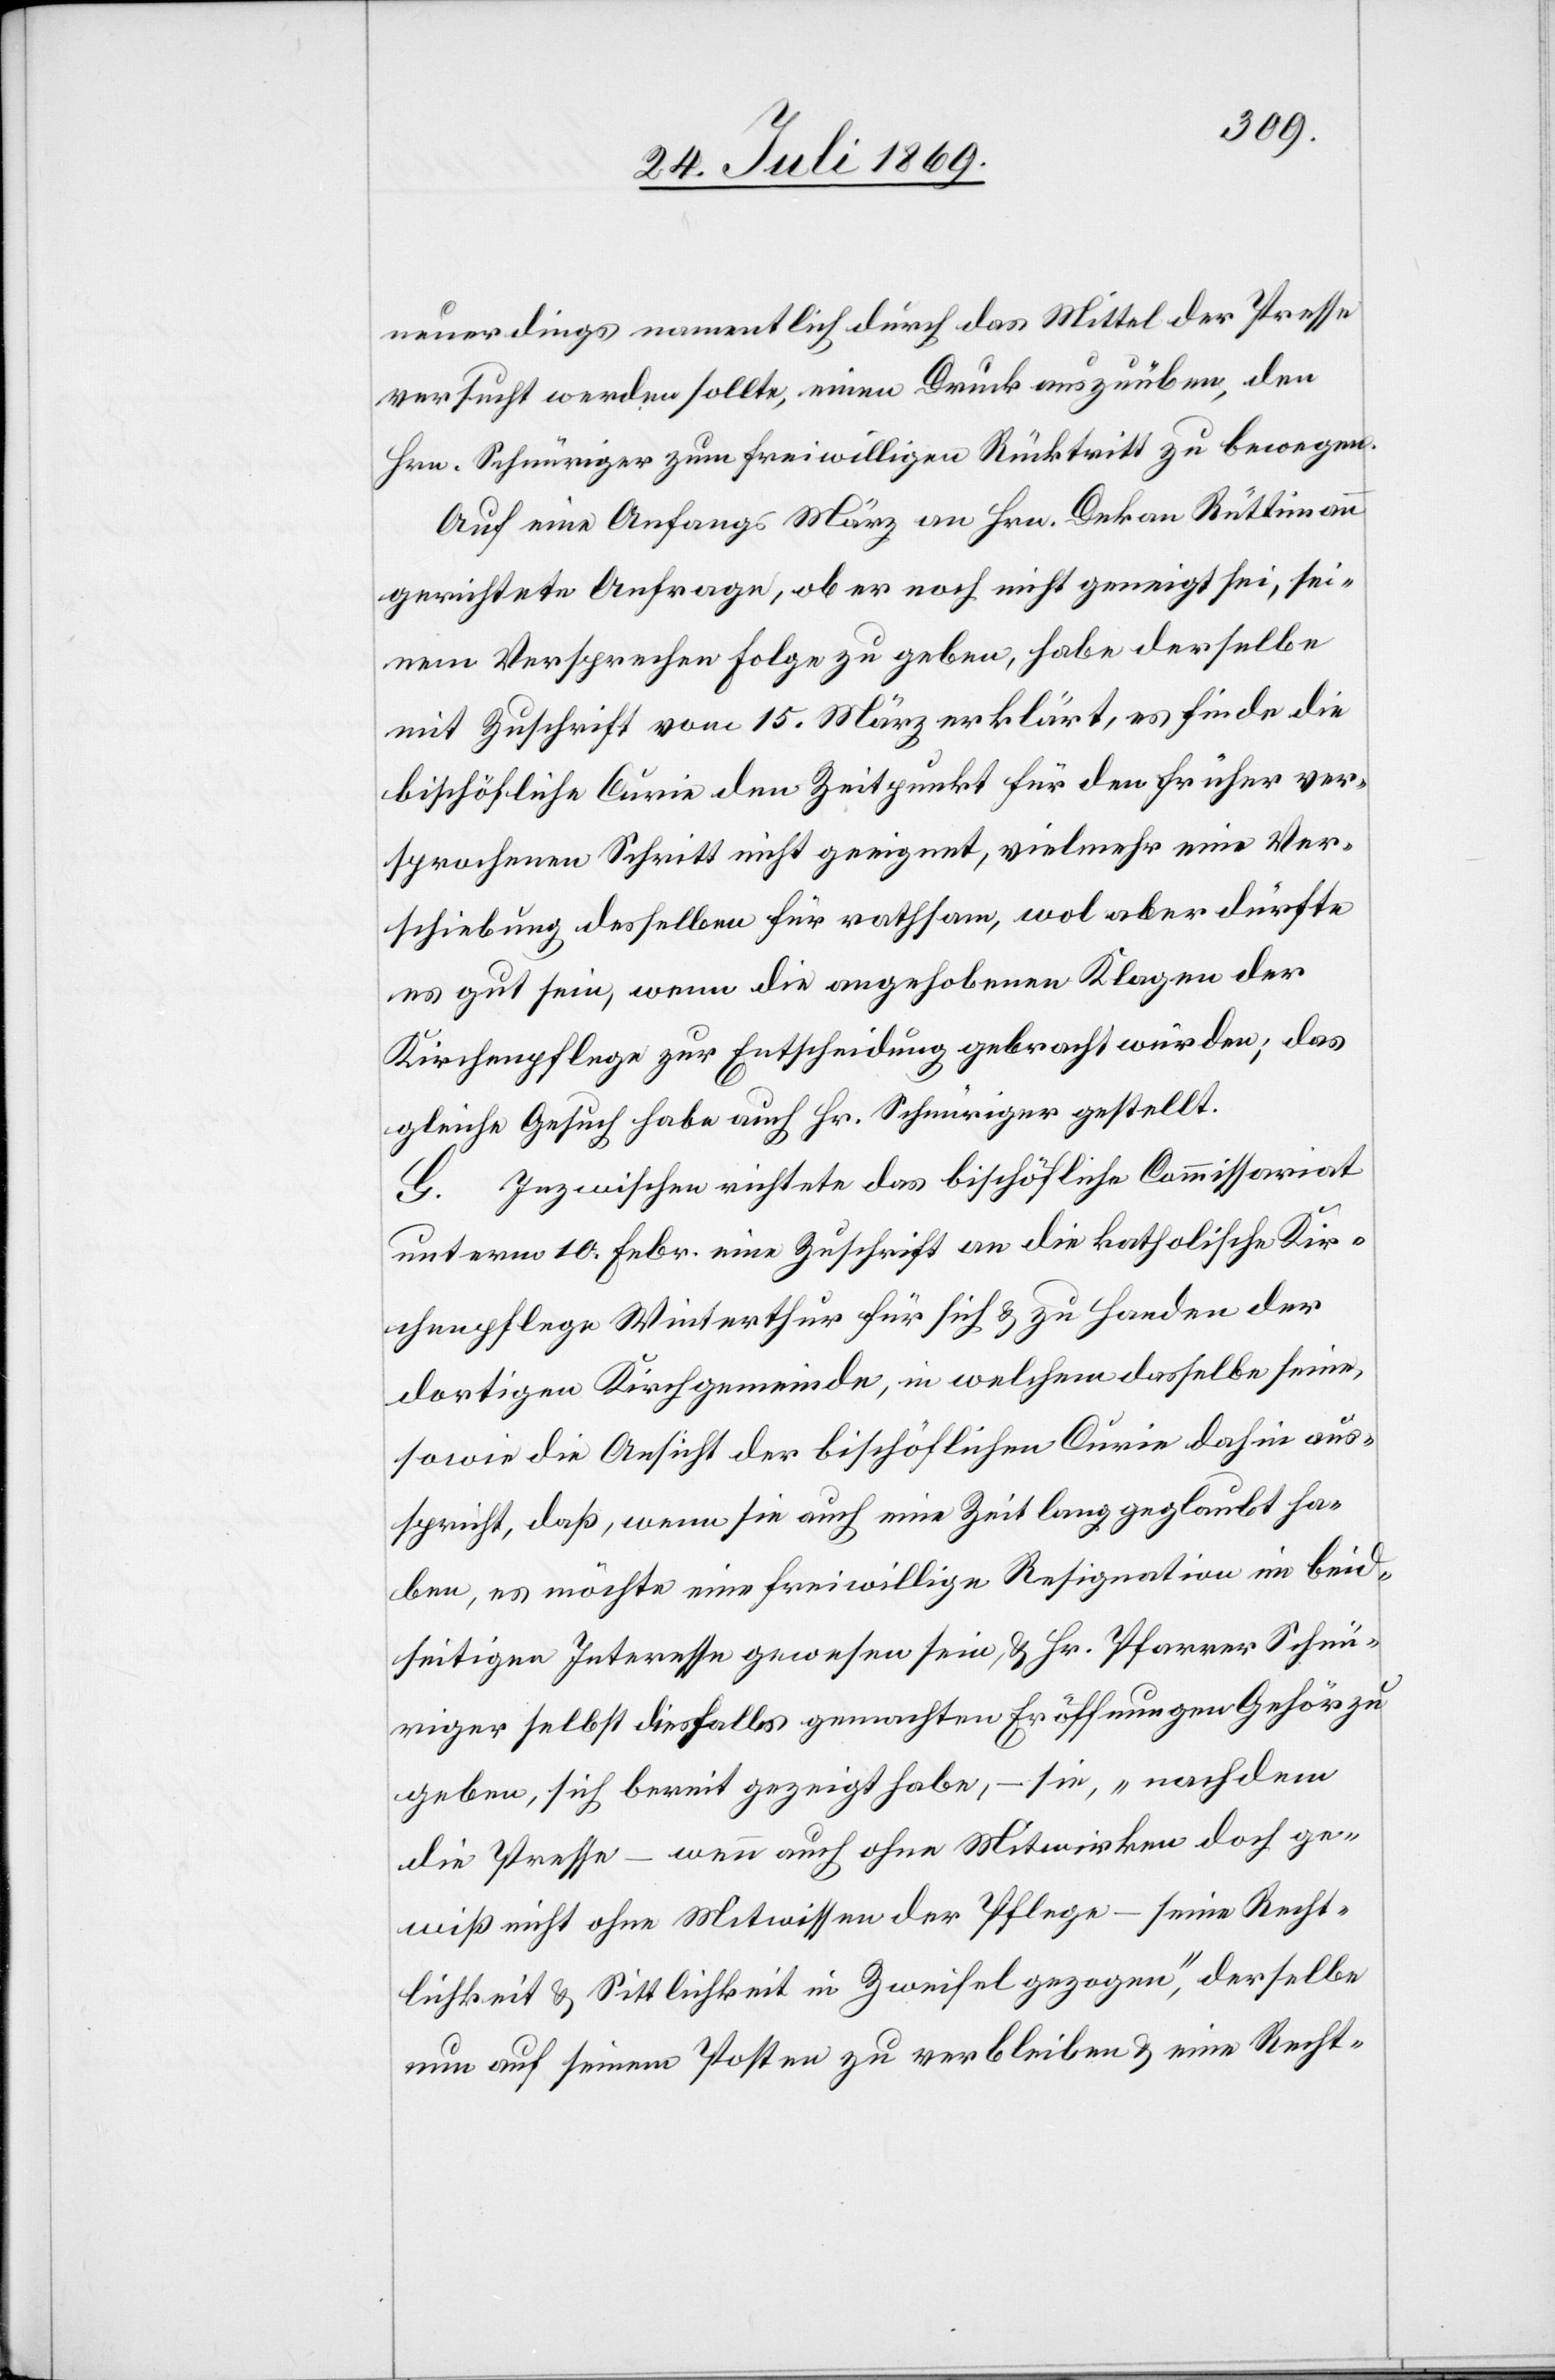
neuerdings namentlich durch das Mittel der Presse
versucht werden sollte, einen Druck auszuüben, den
Hrn. Schnüriger zum freiwilligen Rücktritt zu bewegen.
Auf eine Anfangs März an Hrn. Dekan Rüttimann
gerichtete Anfrage, ob er noch nicht geneigt sei, sei¬
nen Versprechen Folge zu geben, habe derselbe
mit Zuschrift vom 15. März erklärt, es finde die
bischöfliche Curie den Zeitpunkt für den früher ver¬
sprochenen Schritt nicht geeignet, vielmehr eine Ver¬
schiebung desselben für rathsam, wol aber dürfte
es gut sein, wenn die angehobenen Klagen der
Kirchenpflege zur Entscheidung gebracht würden; das
gleiche Gesuch habe auch Hr. Schnüriger gestellt.
G. Inzwischen richtete das bischöfliche Commissariat
unterm 10. Febr. eine Zuschrift an die katholische Kir¬
chenpflege Winterthur für sich u. zu Handen der
dortigen Kirchgemeinde, in welchem dasselbe seine,
sowie die Ansicht der bischöflichen Curie dahin aus¬
spricht, daß, wenn sie auch eine Zeit lang geglaubt ha¬
be, es möchte eine freiwillige Resignation im beid¬
seitigen Interesse gewesen sein, u. Hr. Pfarrer Schnü¬
riger selbst diesfalls gemachten Eröffnungen Gehör zu
geben, sich bereit gezeigt habe, – sie, „nachdem
die Presse – wenn auch ohne Mitwirken doch ge¬
wiß nicht ohne Mitwissen der Pflege – seine Recht¬
lichkeit u. Sittlichkeit in Zweifel gezogen“, derselbe
nun auf seinen Posten zu verbleiben u. eine Recht-